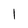
Character: l